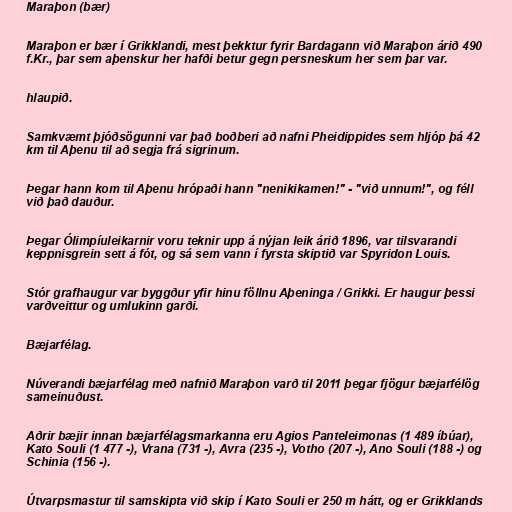
Maraþon (bær)

Maraþon er bær í Grikklandi, mest þekktur fyrir Bardagann við Maraþon árið 490
f.Kr., þar sem aþenskur her hafði betur gegn persneskum her sem þar var.

hlaupið.

Samkvæmt þjóðsögunni var það boðberi að nafni Pheidippides sem hljóp þá 42
km til Aþenu til að segja frá sigrinum.

Þegar hann kom til Aþenu hrópaði hann "nenikikamen!" - "við unnum!", og féll
við það dauður.

Þegar Ólimpíuleikarnir voru teknir upp á nýjan leik árið 1896, var tilsvarandi
keppnisgrein sett á fót, og sá sem vann í fyrsta skiptið var Spyridon Louis.

Stór grafhaugur var byggður yfir hinu föllnu Aþeninga / Grikki. Er haugur þessi
varðveittur og umlukinn garði.

Bæjarfélag.

Núverandi bæjarfélag með nafnið Maraþon varð til 2011 þegar fjögur bæjarfélög
sameinuðust.

Aðrir bæjir innan bæjarfélagsmarkanna eru Agios Panteleimonas (1 489 íbúar),
Kato Souli (1 477 -), Vrana (731 -), Avra (235 -), Votho (207 -), Ano Souli (188 -) og
Schinia (156 -).

Útvarpsmastur til samskipta við skip í Kato Souli er 250 m hátt, og er Grikklands